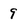
Character: 9